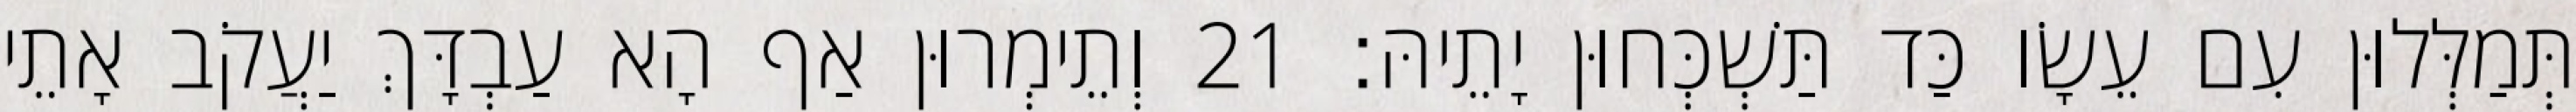
תְּמַלְּלוּן עִם עֵשָׂו כַּד תַּשְׁכְּחוּן יָתֵיהּ׃ 21 וְתֵימְרוּן אַף הָא עַבְדָּךְ יַעֲקֹב אָתֵי